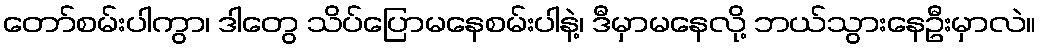
တော်စမ်းပါကွာ၊ ဒါတွေ သိပ်ပြောမနေစမ်းပါနဲ့၊ ဒီမှာမနေလို့ ဘယ်သွားနေဦးမှာလဲ။